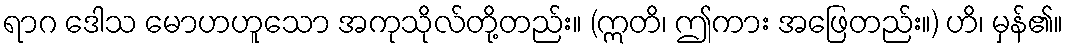
ရာဂ ဒေါသ မောဟဟူသော အကုသိုလ်တို့တည်း။ (ဣတိ၊ ဤကား အဖြေတည်း။) ဟိ၊ မှန်၏။